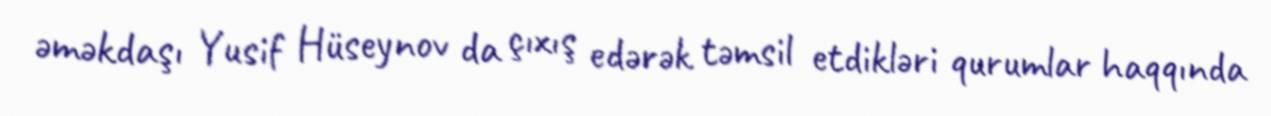
əməkdaşı Yusif Hüseynov da çıxış edərək təmsil etdikləri qurumlar haqqında